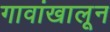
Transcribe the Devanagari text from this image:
गावांखालून